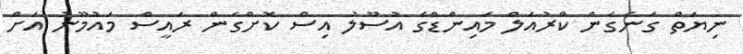
ނިޔަތް ގަނެގެން ކްރުއަލް މައިންޑްގެ އުސޫލު އިސް ކޮށްގެން ރައީސް މައުމޫނު އަށް